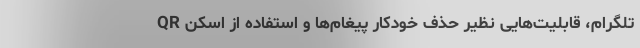
تلگرام، قابلیت‌هایی نظیر حذف خودکار پیغام‌ها و استفاده از اسکن QR